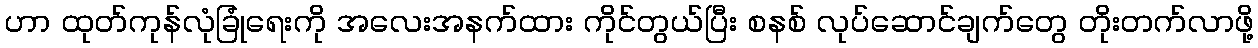
ဟာ ထုတ်ကုန်လုံခြုံရေးကို အလေးအနက်ထား ကိုင်တွယ်ပြီး စနစ် လုပ်ဆောင်ချက်တွေ တိုးတက်လာဖို့